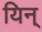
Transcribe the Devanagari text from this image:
यिन्